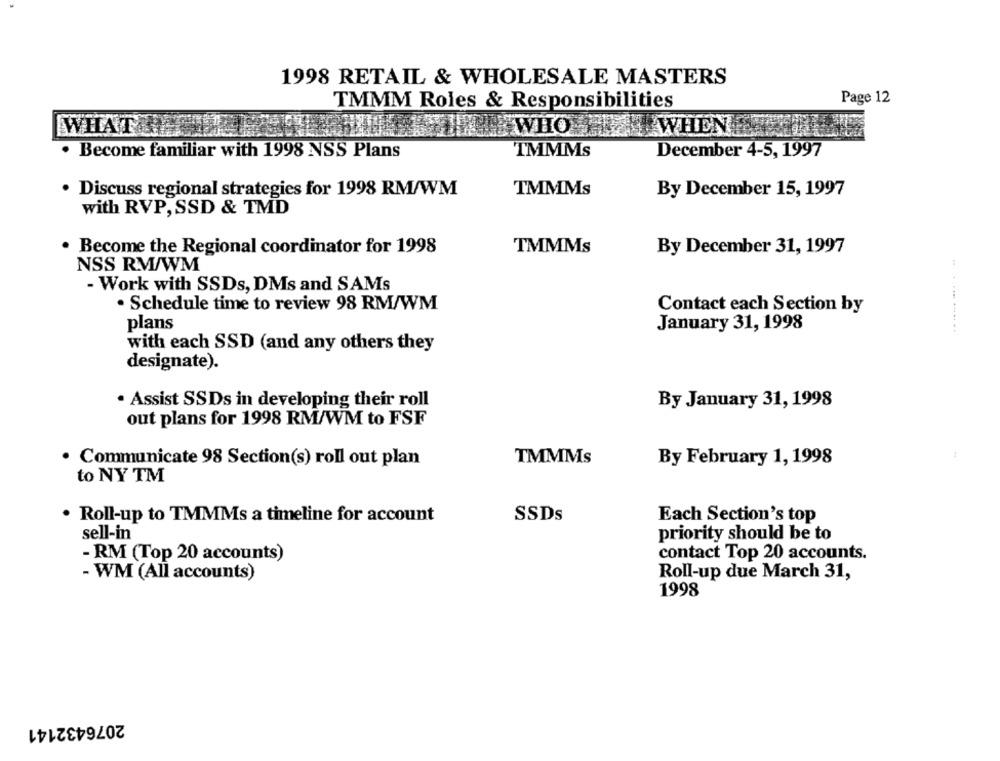
1998 RETAIL & WHOLESALE MASTERS
Page 12
TMMM Roles & Responsibilities
WHAT
EIN WHO HEY WHEN
Become familiar with 1998 NSS Plans
TMMMs
December 4-5, 1997
. Discuss regional strategies for 1998 RM/WM
TMMMs
By December 15, 1997
with RVP, SSD & TMD
. Become the Regional coordinator for 1998
TMMMs
By December 31, 1997
NSS RM/WM
- Work with SSDs, DMs and SAMs
. Schedule time to review 98 RM/WM
Contact each Section by
plans
January 31, 1998
.. ..........
with each SSD (and any others they
designate).
. Assist SSDs in developing their roll
By January 31, 1998
out plans for 1998 RM/WM to FSF
· Communicate 98 Section(s) roll out plan
TMMMs
By February 1, 1998
to NY TM
SSDs
. Roll-up to TMMMs a timeline for account
Each Section's top
sell-in
priority should be to
- RM (Top 20 accounts)
contact Top 20 accounts.
- WM (All accounts)
Roll-up due March 31,
1998
2076432141